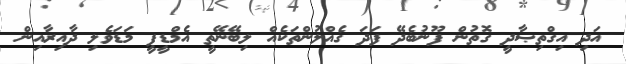
އަދި އިގްތިޞާދީ ގޮތުން ފޫނުބެދޭ ފަދަ ގެއްލުންތަކެއް ލިބޭނޭތީ އެމްޑީޕީ މަޑަވެލި ދާއިރާއިން